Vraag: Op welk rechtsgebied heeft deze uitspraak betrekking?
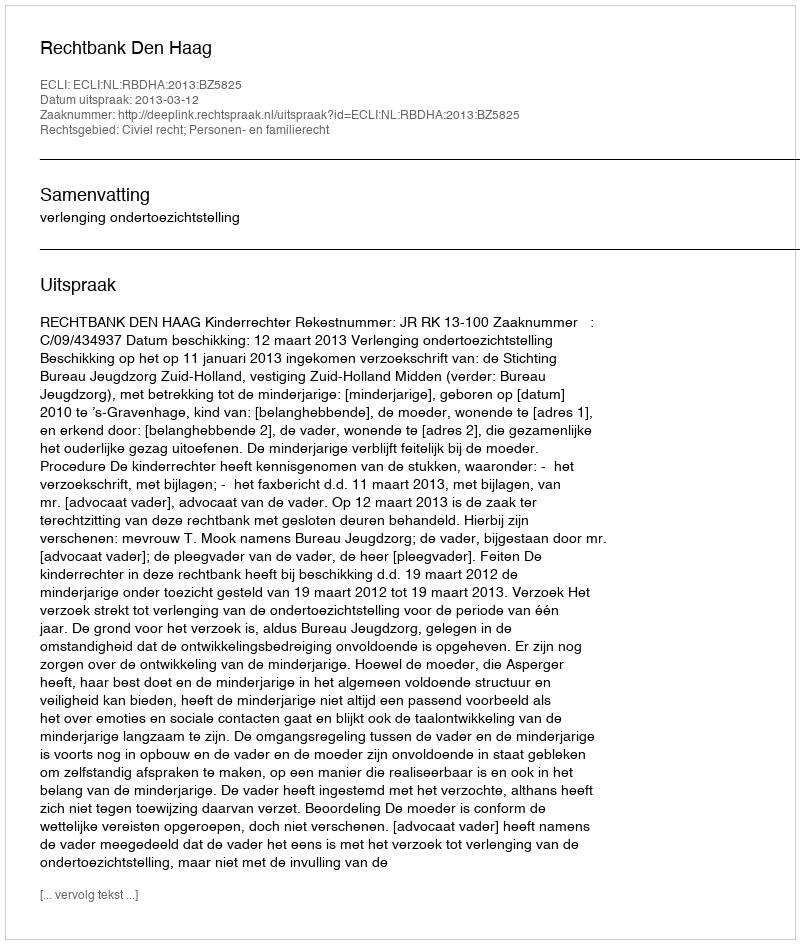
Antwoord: Civiel recht; Personen- en familierecht